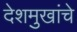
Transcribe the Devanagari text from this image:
देशमुखांचे